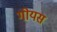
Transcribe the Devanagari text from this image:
गोयस